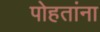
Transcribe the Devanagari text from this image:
पोहतांना